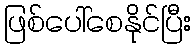
ဖြစ်ပေါ်စေနိုင်ပြီး